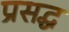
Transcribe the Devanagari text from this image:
प्रसद्ध